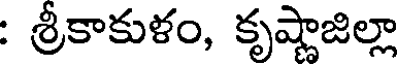
: శ్రీకాకుళం, కృష్ణాజిల్లా